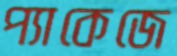
প্যাকেজে